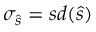
\sigma _ { \hat { s } } = s d ( \hat { s } )